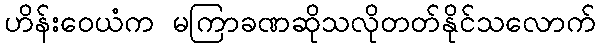
ဟိန်းဝေယံက မကြာခဏဆိုသလိုတတ်နိုင်သလောက်